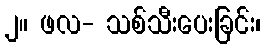
၂။ ဖလ- သစ်သီးပေးခြင်း၊